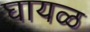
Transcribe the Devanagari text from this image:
घायळ